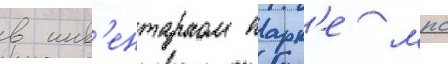
в инв'ентарном парк'е мпс